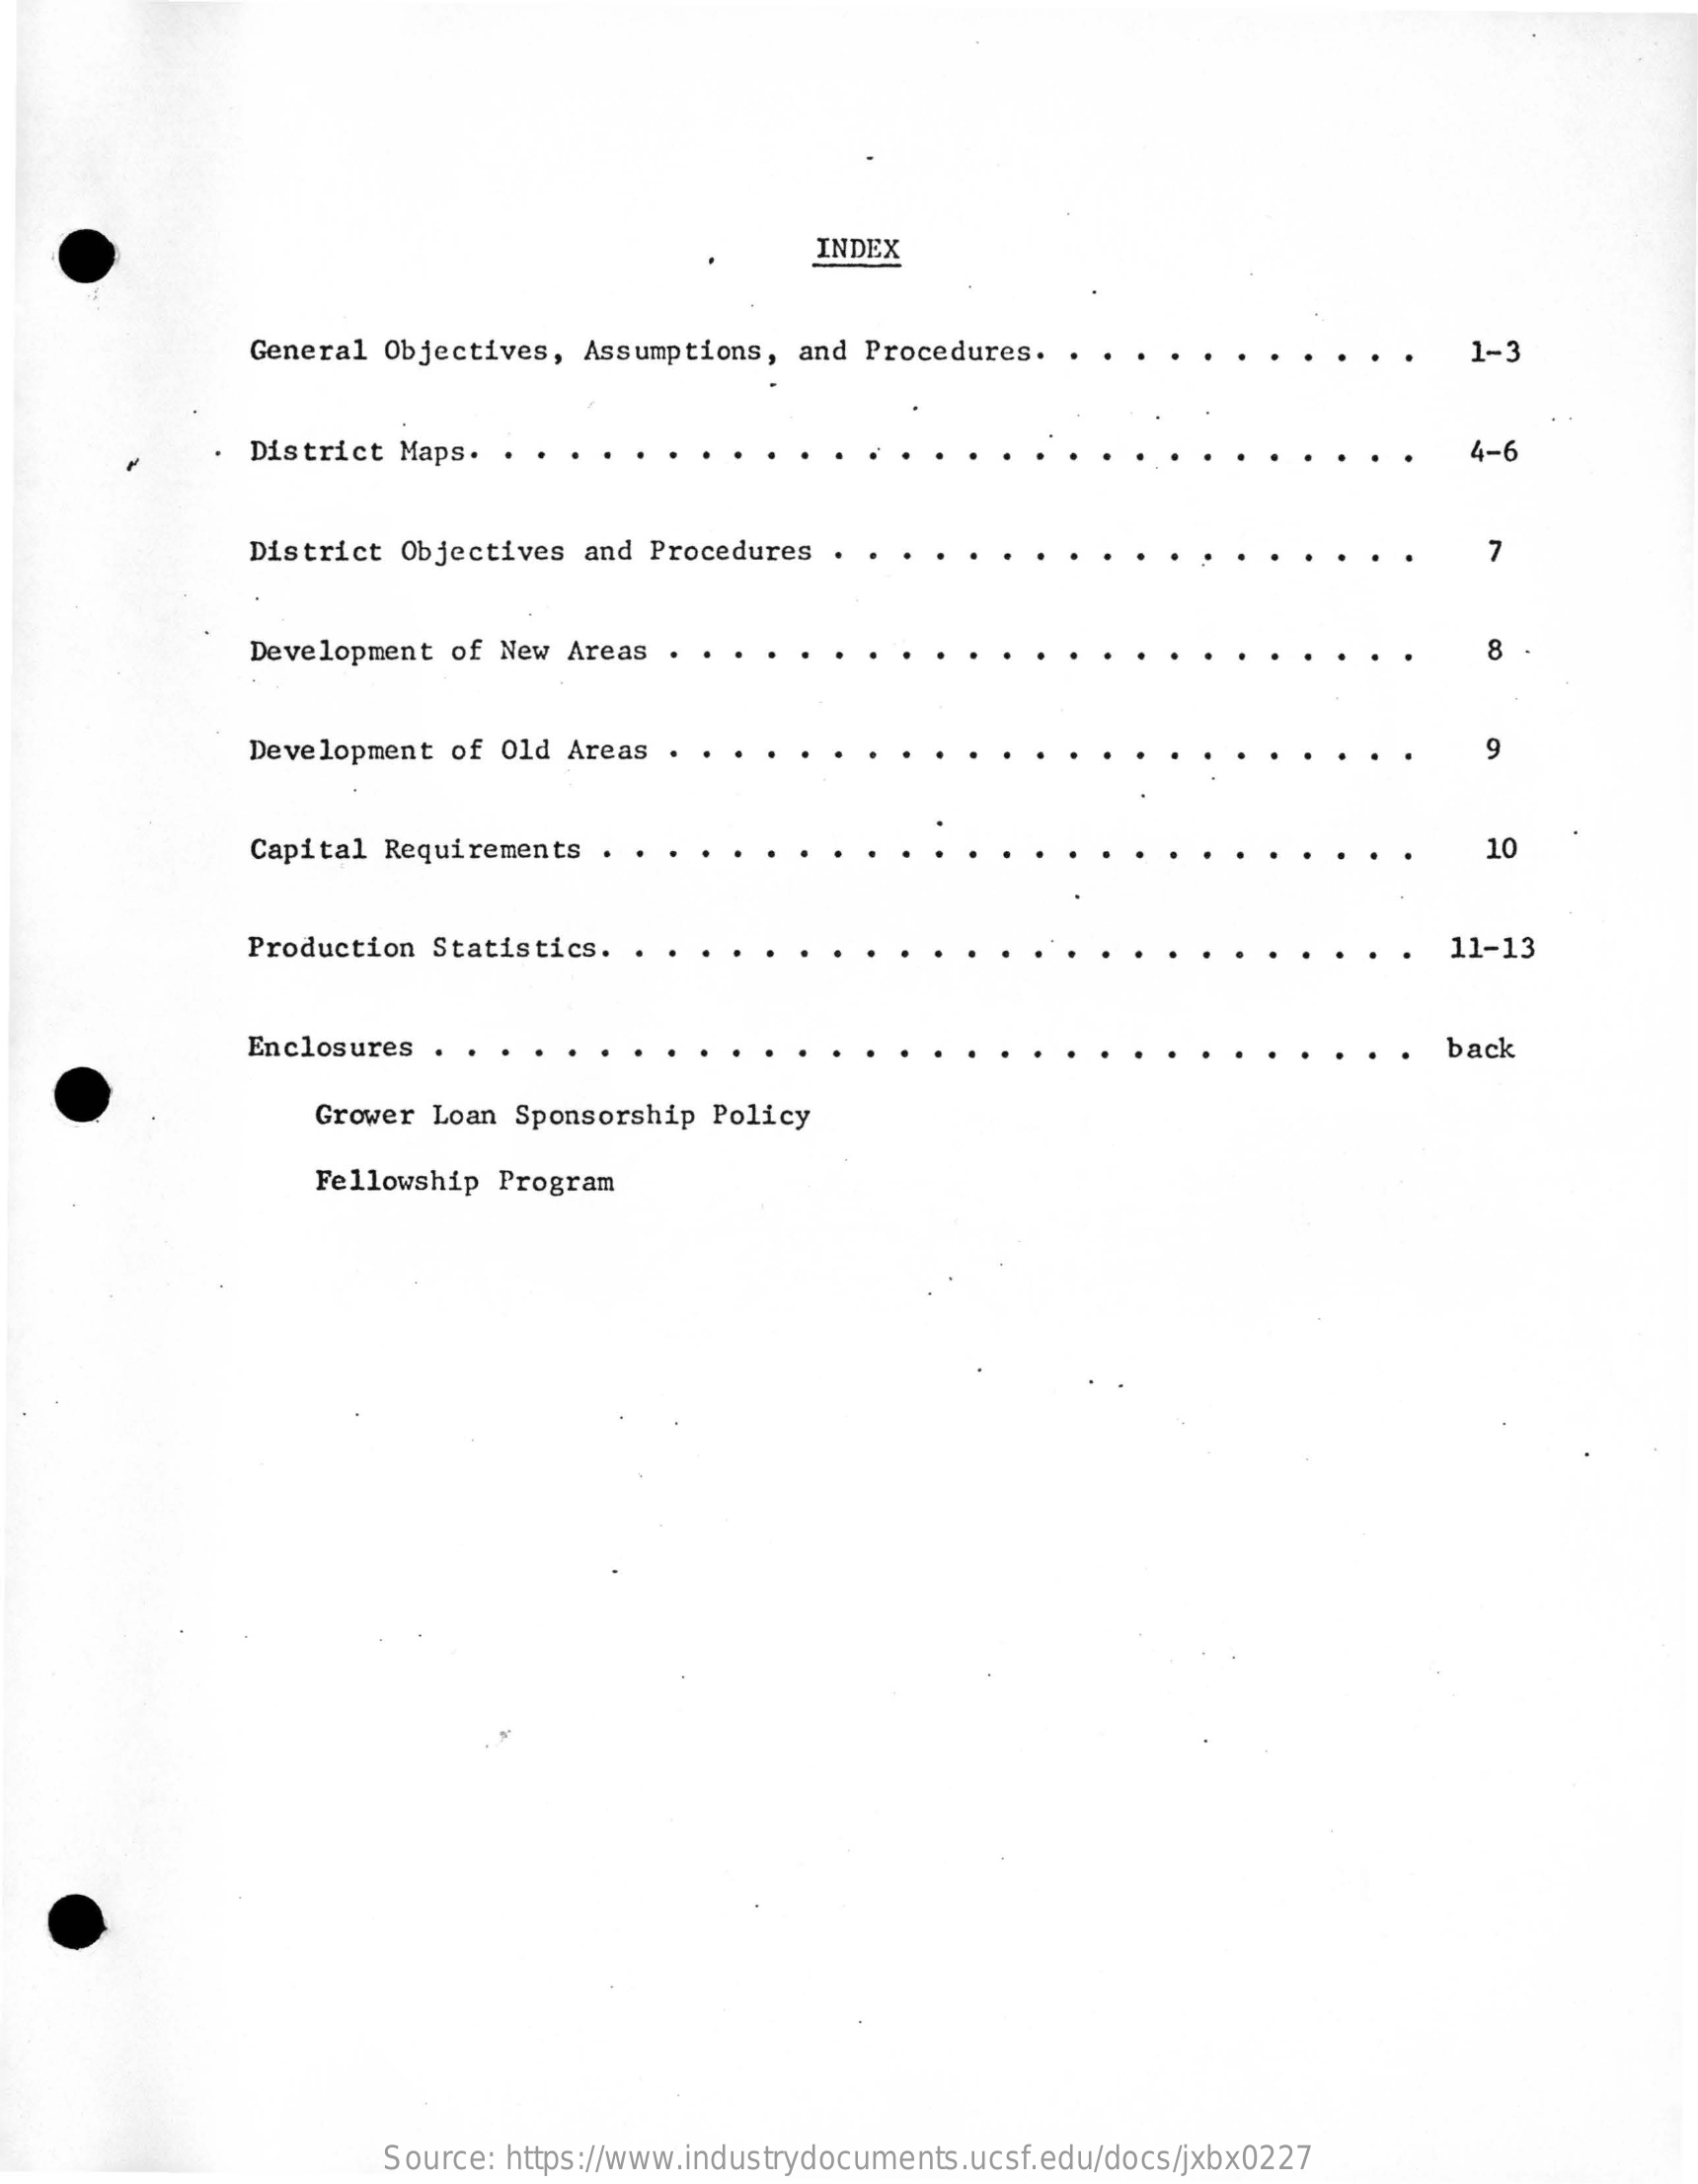
INDEX
     General Objectives, Assumptions,  and Procedures.    1-3
     District  Maps. .    4-6
     District Objectives  and Procedures .    7
     Development of New  Areas    8
     Development of Old  Areas    9
     Capital Requirements    10
     Production Statistics.  .    11-13
     Enclosures    back
     Grower Loan Sponsorship  Policy
     Fellowship Program
     Source: https://www.industrydocuments.ucsf.edu/docs/jxbx0227